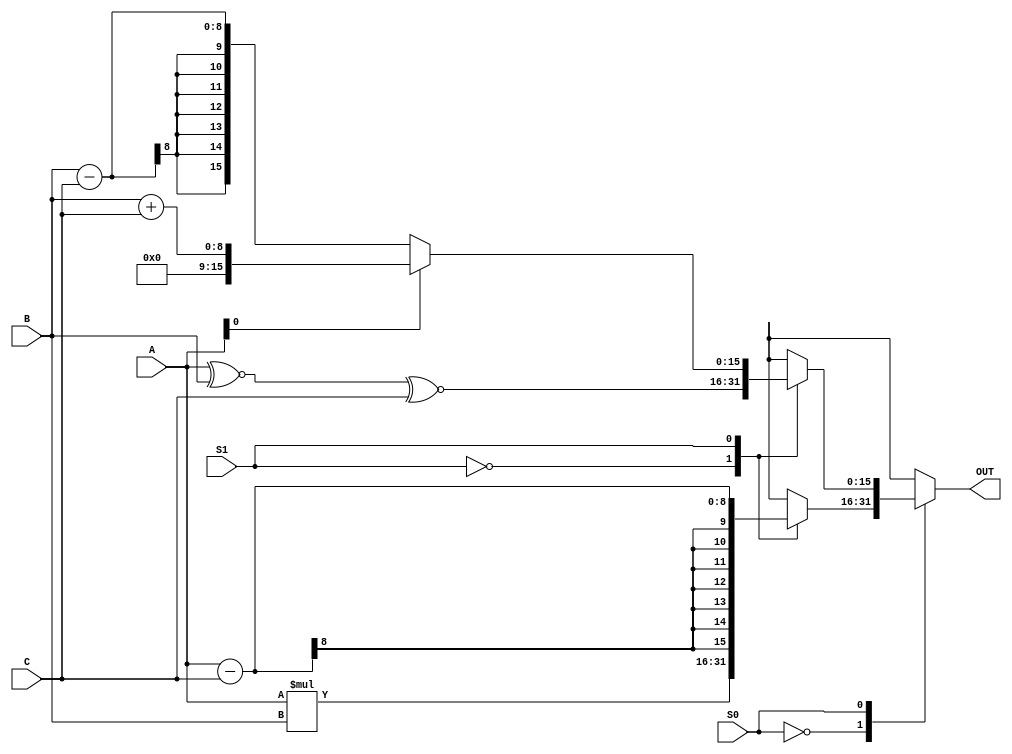
`timescale 1ns / 1ps
//Name: Michael Li
//PID: A12420469

module alu(A,B,C,S0,S1,OUT);
	
	input [7:0]A,B,C;
	input S0,S1;
	
	output [15:0]OUT;
	reg [15:0]OUT;
	
	wire [1:0]sel;
	//assign sel = S0 + S1;
	
	always@(A or B or C or S0 or S1) begin
		case(S0)
			//00 case
			0: case(S1)
					0: OUT = A * B;
			//01 case 
					1: OUT = A - C;
				endcase 
			//10 case
			1: case(S1)
					0: OUT = ((A ~^ B)~^ C);
			//11 case
					1: if(A[0] == 1) begin 
							OUT = B + C;
						end else begin 
							OUT = B - C;
						end
				endcase 
		endcase 
	end 
endmodule